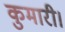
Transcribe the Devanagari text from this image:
कुमारी।